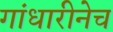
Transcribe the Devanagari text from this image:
गांधारीनेच